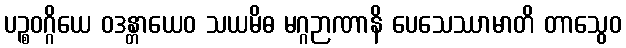
ပဉ္စဝဂ္ဂိယေ ဝဒန္တာယေဝ သယမိဓ မဂ္ဂဉာဏာနိ ပေသေဿာမာတိ တာသွေဝ